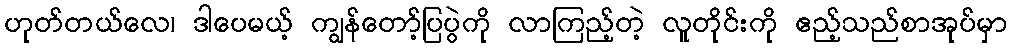
ဟုတ်တယ်လေ၊ ဒါပေမယ့် ကျွန်တော့်ပြပွဲကို လာကြည့်တဲ့ လူတိုင်းကို ဧည့်သည်စာအုပ်မှာ